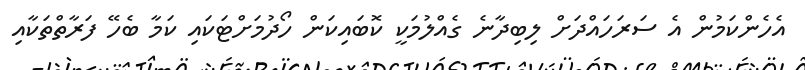
އެހެންކަމުން އެ ސަރަހައްދަށް ލިބިދާނެ ގެއްލުމަކީ ކޮބައިކަން ހޯދުމަށްޓަކައި ކަމާ ބެހޭ ފަރާތްތަކާއި